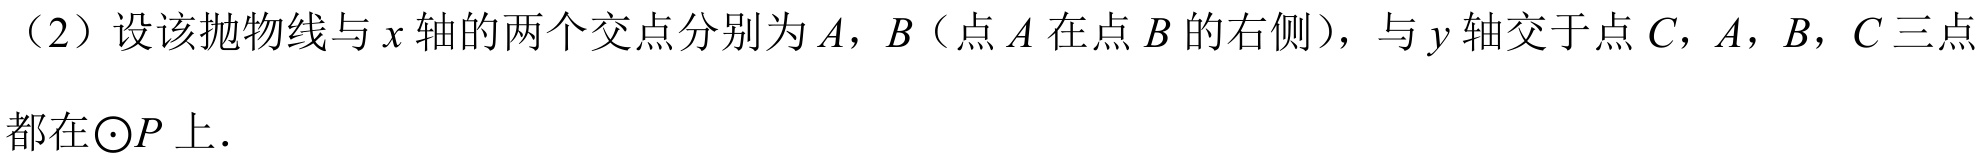
（2）设该抛物线与\(x\)轴的两个交点分别为\(A\)，\(B\)（点\(A\)在点\(B\)的右侧），与\(y\)轴交于点\(C\)，\(A\)，\(B\)，\(C\)三点都在\(\odot P\)上.